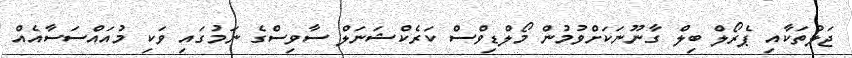
ޖަލުތަކާއި ޕެރޯލް ބިލް ގާނޫނަކަށްވުމުން މޯލްޑިވްސް ކަރެކްޝަނަލް ސާވިސްގެ ނަމުގައި ވަކި މުއައްސަސާއެއް